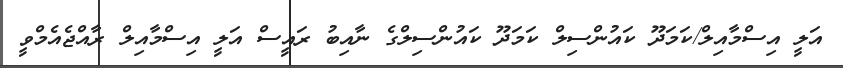
އަލީ އިސްމާއިލް/ކަމަދޫ ކައުންސިލް ކަމަދޫ ކައުންސިލްގެ ނާއިބު ރައީސް އަލީ އިސްމާއިލް ރާއްޖެއެމްވީ